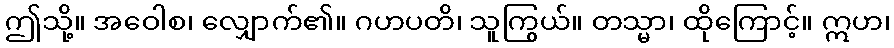
ဤသို့။ အဝေါစ၊ လျှောက်၏။ ဂဟပတိ၊ သူကြွယ်။ တသ္မာ၊ ထိုကြောင့်။ ဣဟ၊